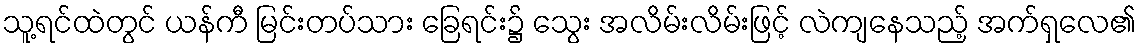
သူ့ရင်ထဲတွင် ယန်ကီ မြင်းတပ်သား ခြေရင်း၌ သွေး အလိမ်းလိမ်းဖြင့် လဲကျနေသည့် အက်ရှလေ၏